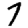
Digit: 7